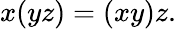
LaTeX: x(yz)=(xy)z.